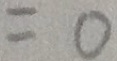
= 0